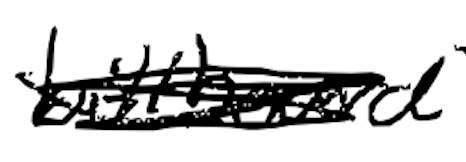
Text: Billboard
Cross-out: scratch
Writing tool: digital_black